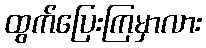
ထွက်ပြေးကြမှာလား